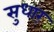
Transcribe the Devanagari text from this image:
सुधार्